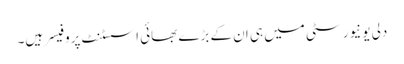
دلی یونیورسٹی میں ہی ان کے بڑے بھائی اسسٹنٹ پروفیسر ہیں۔